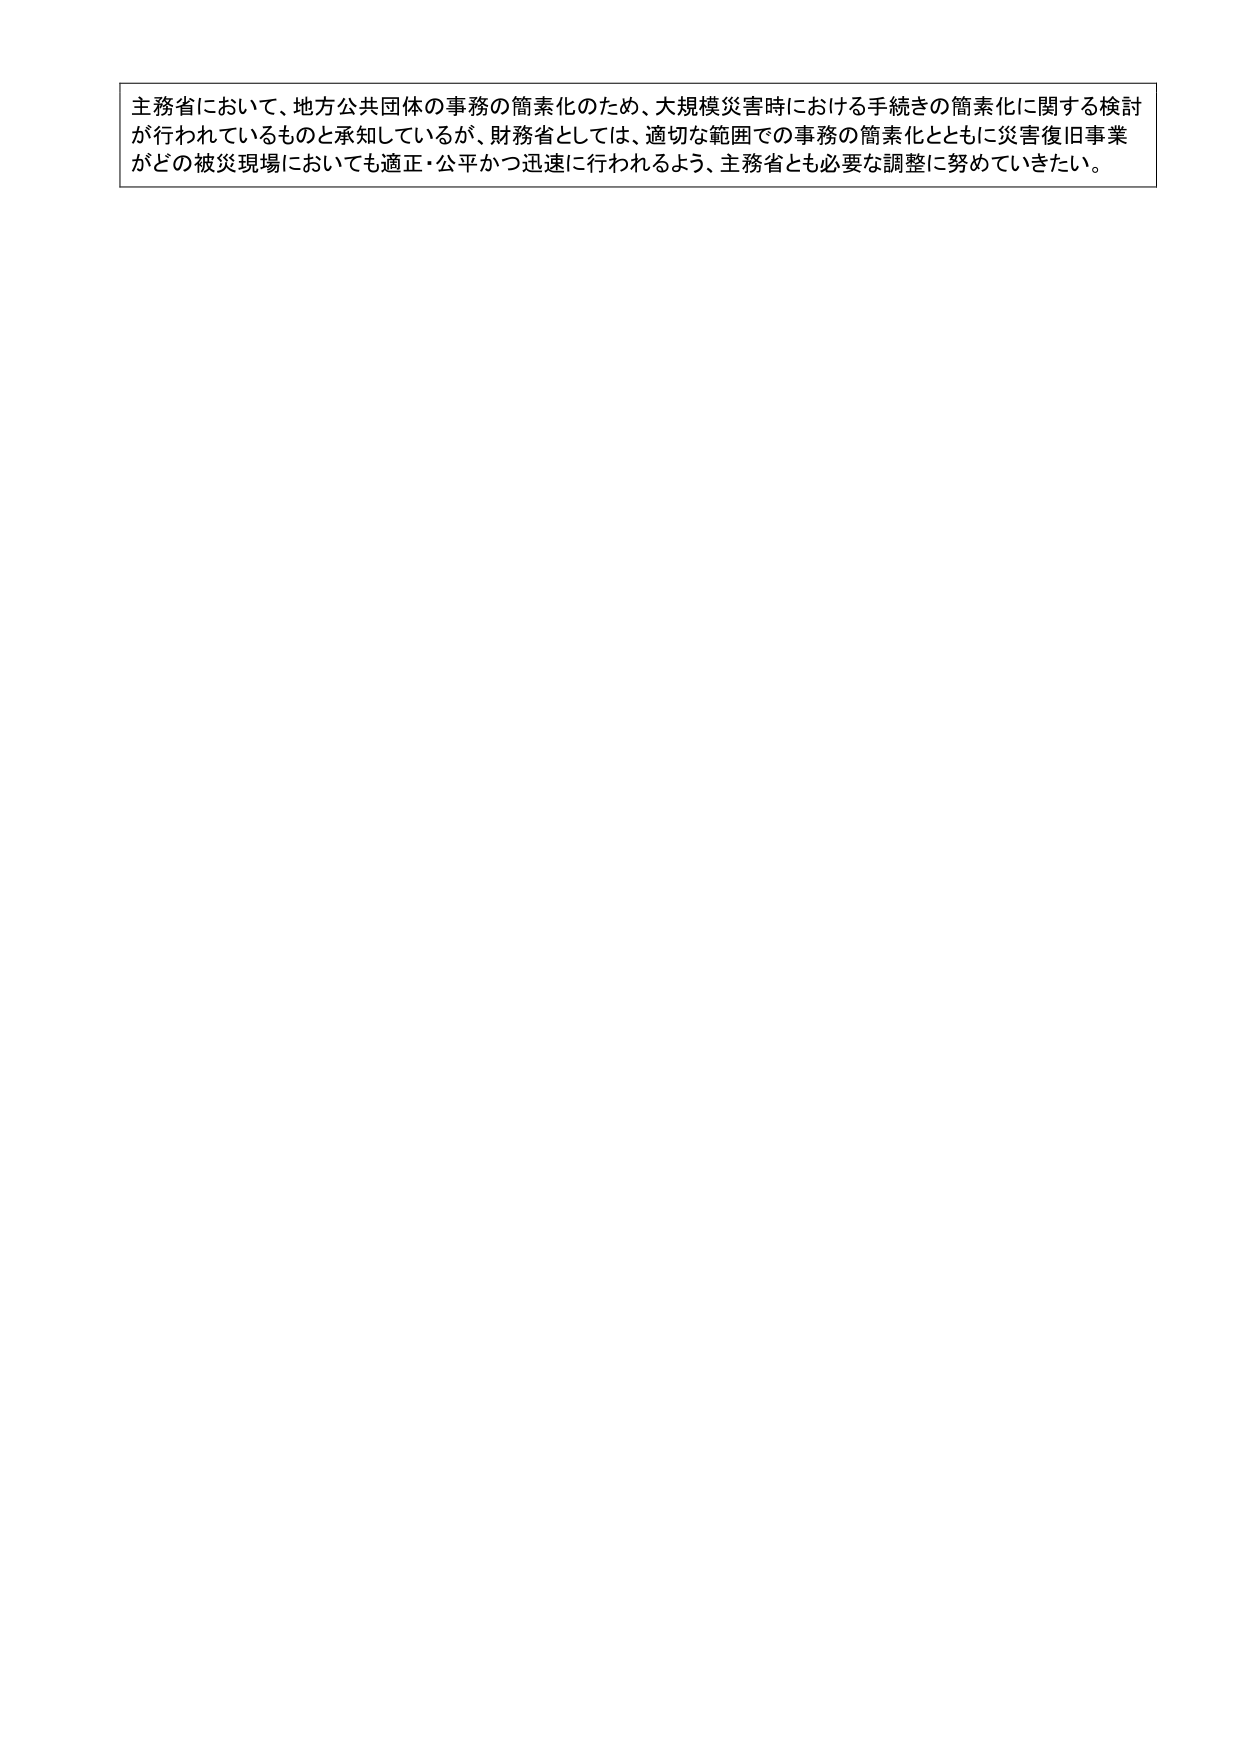
主務省において、地方公共団体の事務の簡素化のため、大規模災害時における手続きの簡素化に関する検討が行われているものと承知しているが、財務省としては、適切な範囲での事務の簡素化とともに災害復旧事業がどの被災現場においても適正・公平かつ迅速に行われるよう、主務省とも必要な調整に努めていきたい。